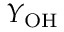
Y _ { \mathrm { O H } }